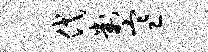
代判寒